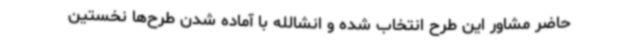
حاضر مشاور این طرح انتخاب شده و انشالله با آماده شدن طرح‌ها نخستین